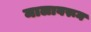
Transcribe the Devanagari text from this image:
मालावरून